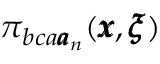
\pi _ { b c a { \pmb a } _ { n } } ( { \pmb x } , { \pmb \xi } )